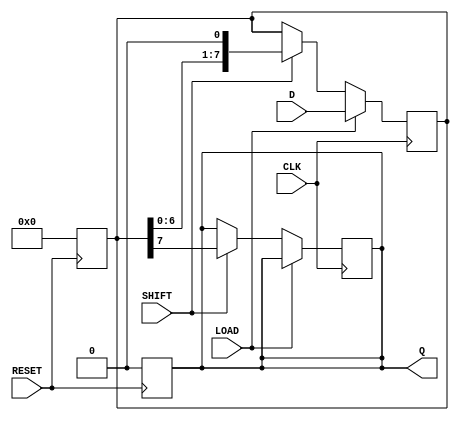
module PISO_Register #(
    parameter WIDTH = 8  // Parameter for the width of the data
)(
    input wire [WIDTH-1:0] D,    // Parallel data input
    input wire LOAD,              // Load control signal
    input wire SHIFT,             // Shift control signal
    input wire CLK,               // Clock signal
    input wire RESET,             // Asynchronous reset
    output reg Q                 // Serial output
);

    // Internal register to hold the shift register value
    reg [WIDTH-1:0] SR;

    // Asynchronous reset: clears the shift register to zeros
    always @(posedge RESET) begin
        SR <= {WIDTH{1'b0}};
        Q <= 1'b0; // Ensure output is zero after reset
    end

    // Synchronous operation on clock edge
    always @(posedge CLK) begin
        if (LOAD) begin
            // Load parallel data into the shift register
            SR <= D;
        end
        else if (SHIFT) begin
            // Shift data out serially
            Q <= SR[WIDTH-1]; // Output the MSB
            SR <= {SR[WIDTH-2:0], 1'b0}; // Shift the data (right shift by 1)
        end
    end

endmodule